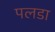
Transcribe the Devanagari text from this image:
पलडा